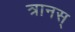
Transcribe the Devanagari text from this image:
त्रानस्